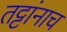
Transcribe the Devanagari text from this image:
तट्टांनाच